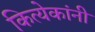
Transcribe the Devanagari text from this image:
कित्येकांनी